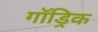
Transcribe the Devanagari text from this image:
गॉड्रिक